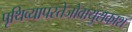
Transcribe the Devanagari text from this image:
पृथिव्यापस्तेजोवायुराकाश